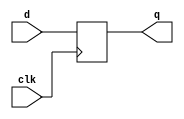
/*
 * D-type FF
 * $Id$
 */

//`define REG_DELAY 1
`define REG_DELAY 0

module ff (q, d, clk);
  input d, clk;
  output q;
  reg q;

  always @(posedge clk) q <= #(`REG_DELAY) d;

endmodule